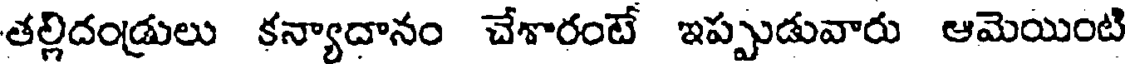
తల్లిదండ్రులు కన్యాదానం చేశారంటే ఇప్పుడువారు ఆమెయింటి